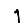
Digit: 1